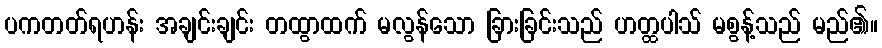
ပကတတ်ရဟန်း အချင်းချင်း တထွာထက် မလွန်သော ခြားခြင်းသည် ဟတ္ထပါသ် မစွန့်သည် မည်၏။